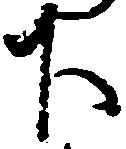
下